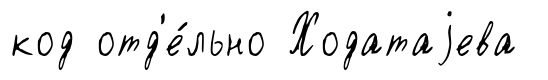
код отд'е́льно Ходатаjева